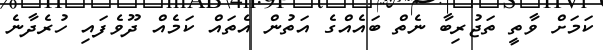
ކަމަށް ވާތީ ތަޖުރިބާ ނެތް ބައެއްގެ އަތުން އެތައް ކަމެއް ދޫވެފައި ހުރެދާނެ